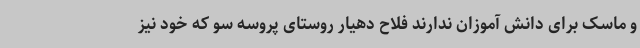
و ماسک برای دانش آموزان ندارند فلاح دهیار روستای پروسه سو که خود نیز